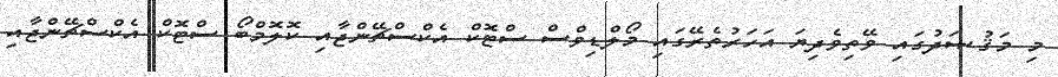
މި މަޤުޞަދުގައި ވޭތިވެދިޔަ އަހަރުތެރޭގައި މޯލްޑިވްސް ސްޓޮކް އެކްސްޗޭންޖާއި ކޮލޮމްބޯ ސްޓޮކް އެކްސްޗޭންޖާއި